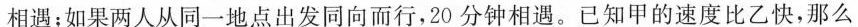
相遇；如果两人从同一地点出发同向而行，20分钟相遇。已知甲的速度比乙快，那么